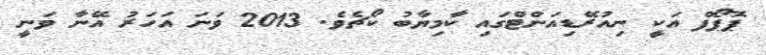
ޕޮޕޯފް އަކީ ނިއުރޭޑިއަންޓްގައި ކާމިޔާބު ކޯޗެވެ. 2013 ވަނަ އަހަރު އޭނާ ވަނީ